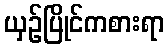
ယှဉ်ပြိုင်ကစားရာ